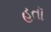
હતૉ